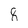
Character: 8